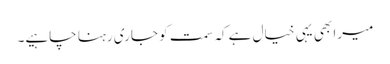
میرا بھی یہی خیال ہے کہ سمت کو جاری رہنا چاہیے۔